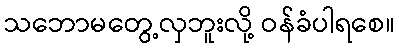
သဘောမတွေ့လှဘူးလို့ ဝန်ခံပါရစေ။